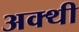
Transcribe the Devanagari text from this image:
अक्थी